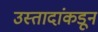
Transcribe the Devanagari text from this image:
उस्तादांकडून